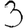
Digit: 3